Indian journal of veterinary science and animal husbandry - Volumes 24-25, 1954-1955
Year: 1954
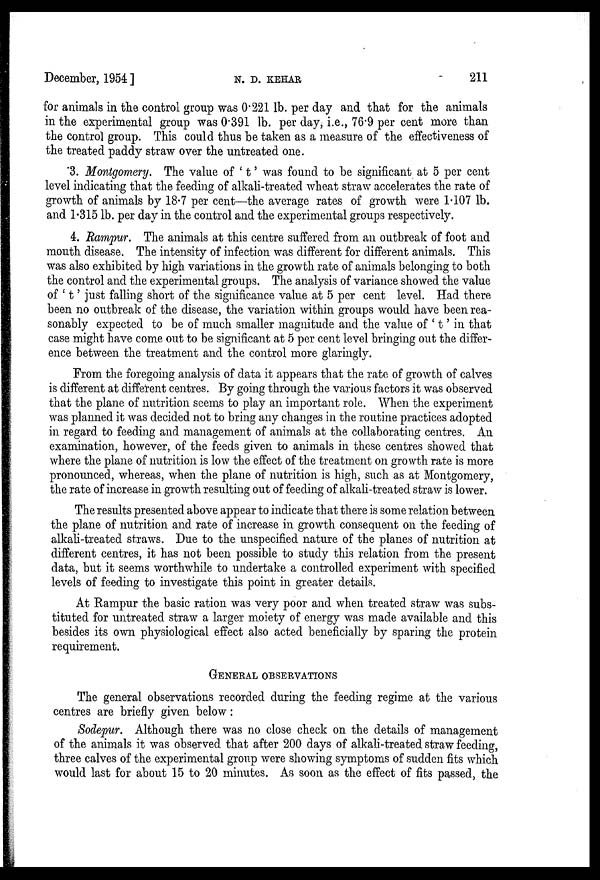
December, 1954 ]
N.
D.
KEHAR
211
for animals in the control group was 0.221 lb. per day and that for the animals
in the experimental group was 0.391 lb. per day, i.e., 76.9 per cent more than
the control group. This could thus be taken as a measure of the effectiveness of
the treated paddy straw over the untreated one.
3. Montgomery. The value of ' t' was found to be significant at 5 per cent
level indicating that the feeding of alkali-treated wheat straw accelerates the rate of
growth of animals by 18.7 per cent—the average rates of growth were 1.107 lb.
and 1.315 lb. per day in the control and the experimental groups respectively.
4. Rampur. The animals at this centre suffered from an outbreak of foot and
mouth disease. The intensity of infection was different for different animals. This
was also exhibited by high variations in the growth rate of animals belonging to both
the control and the experimental groups. The analysis of variance showed the value
of ' t' just falling short of the significance value at 5 per cent level. Had there
been no outbreak of the disease, the variation within groups would have been rea-
sonably expected to be of much smaller magnitude and the value of ' t' in that
case might have come out to be significant at 5 per cent level bringing out the differ-
ence between the treatment and the control more glaringly.
From the foregoing analysis of data it appears that the rate of growth of calves
is different at different centres. By going through the various factors it was observed
that the plane of nutrition seems to play an important role. When the experiment
was planned it was decided not to bring any changes in the routine practices adopted
in regard to feeding and management of animals at the collaborating centres. An
examination, however, of the feeds given to animals in these centres showed that
where the plane of nutrition is low the effect of the treatment on growth rate is more
pronounced, whereas, when the plane of nutrition is high, such as at Montgomery,
the rate of increase in growth resulting out of feeding of alkali-treated straw is lower.
The results presented above appear to indicate that there is some relation between
the plane of nutrition and rate of increase in growth consequent on the feeding of
alkali-treated straws. Due to the unspecified nature of the planes of nutrition at
different centres, it has not been possible to study this relation from the present
data, but it seems worthwhile to undertake a controlled experiment with specified
levels of feeding to investigate this point in greater details.
At Rampur the basic ration was very poor and when treated straw was subs-
tituted for untreated straw a larger moiety of energy was made available and this
besides its own physiological effect also acted beneficially by sparing the protein
requirement.
GENERAL OBSERVATIONS
The general observations recorded during the feeding regime at the various
centres are briefly given below:
Sodepur. Although there was no close check on the details of management
of the animals it was observed that after 200 days of alkali-treated straw feeding,
three calves of the experimental group were showing symptoms of sudden fits which
would last for about 15 to 20 minutes. As soon as the effect of fits passed, the